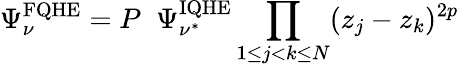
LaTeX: \Psi_{\nu}^{\mathrm{{FQHE}}}=P\; \; \Psi_{\nu^{*}}^{\mathrm{{IQHE}}}\prod_{1\leq j<k\leq N}(z_{j}-z_{k})^{2p}